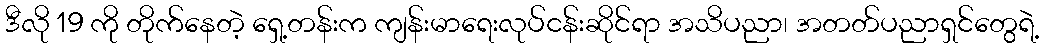
ဒီလို 19 ကို တိုက်နေတဲ့ ရှေ့တန်းက ကျန်းမာရေးလုပ်ငန်းဆိုင်ရာ အသိပညာ၊ အတတ်ပညာရှင်တွေရဲ့